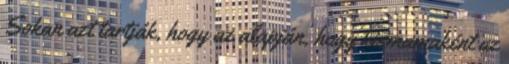
Sokan azt tartják, hogy az alapján, hogy kismamaként az